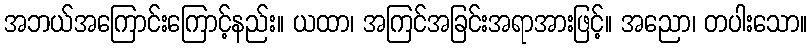
အဘယ်အကြောင်းကြောင့်နည်း။ ယထာ၊ အကြင်အခြင်းအရာအားဖြင့်။ အညော၊ တပါးသော။